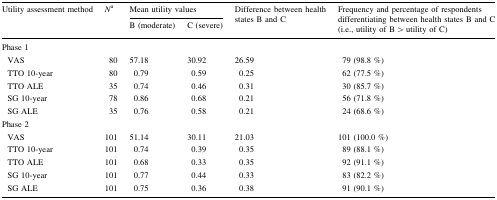
<table><thead><tr><td rowspan="2"><b>Utility assessment method</b></td><td rowspan="2"><b><i>N</i><sup>a</sup></b></td><td colspan="2"><b>Mean utility values</b></td><td rowspan="2"><b>Difference between health states B and C</b></td><td rowspan="2"><b>Frequency and percentage of respondents differentiating between health states B and C (i.e., utility of B &gt; utility of C)</b></td></tr><tr><td><b>B (moderate)</b></td><td><b>C (severe)</b></td></tr></thead><tbody><tr><td colspan="6">Phase 1</td></tr><tr><td> VAS</td><td>80</td><td>57.18</td><td>30.92</td><td>26.59</td><td>79 (98.8 %)</td></tr><tr><td> TTO 10-year</td><td>80</td><td>0.79</td><td>0.59</td><td>0.25</td><td>62 (77.5 %)</td></tr><tr><td> TTO ALE</td><td>35</td><td>0.74</td><td>0.46</td><td>0.31</td><td>30 (85.7 %)</td></tr><tr><td> SG 10-year</td><td>78</td><td>0.86</td><td>0.68</td><td>0.21</td><td>56 (71.8 %)</td></tr><tr><td> SG ALE</td><td>35</td><td>0.76</td><td>0.58</td><td>0.21</td><td>24 (68.6 %)</td></tr><tr><td colspan="6">Phase 2</td></tr><tr><td> VAS</td><td>101</td><td>51.14</td><td>30.11</td><td>21.03</td><td>101 (100.0 %)</td></tr><tr><td> TTO 10-year</td><td>101</td><td>0.74</td><td>0.39</td><td>0.35</td><td>89 (88.1 %)</td></tr><tr><td> TTO ALE</td><td>101</td><td>0.68</td><td>0.33</td><td>0.35</td><td>92 (91.1 %)</td></tr><tr><td> SG 10-year</td><td>101</td><td>0.77</td><td>0.44</td><td>0.33</td><td>83 (82.2 %)</td></tr><tr><td> SG ALE</td><td>101</td><td>0.75</td><td>0.36</td><td>0.38</td><td>91 (90.1 %)</td></tr></tbody></table>